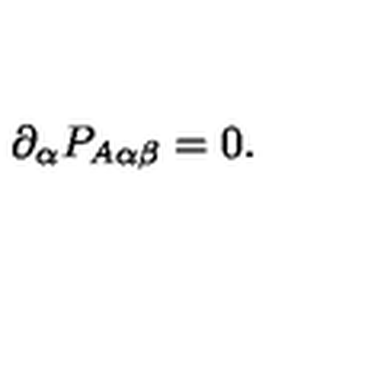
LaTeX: \partial _ { \alpha } P _ { A \alpha \beta } = 0 .